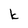
Character: k